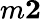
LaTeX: m\le 2